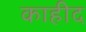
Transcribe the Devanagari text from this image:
काहीद